Statistics compiled by the Government of India from the reports of provincial Civil Veterinary Departments
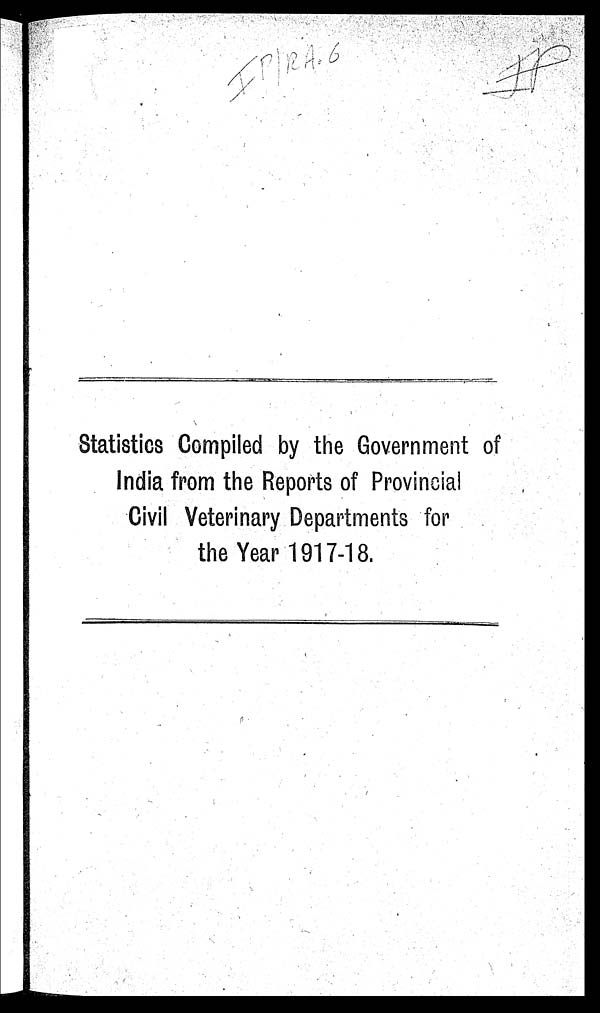
Statistics Compiled by the Government of
India from the Reports of Provincial
Civil Veterinary Departments for
the Year 1917-18.